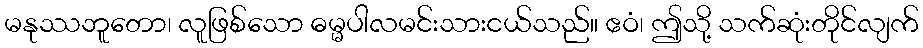
မနုဿဘူတော၊ လူဖြစ်သော ဓမ္မပါလမင်းသားငယ်သည်။ ဧဝံ၊ ဤသို့ သက်ဆုံးတိုင်လျက်